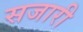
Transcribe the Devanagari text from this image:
सजारी